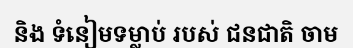
និង ទំនៀមទម្លាប់ របស់ ជនជាតិ ចាម